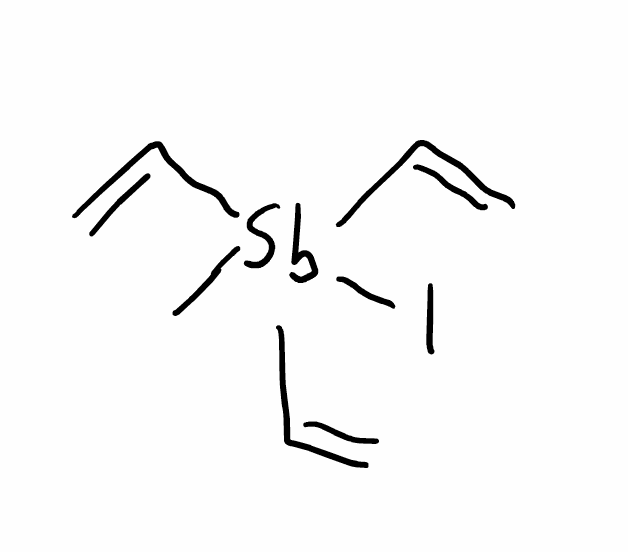
Simplified molecular-input line-entry system (SMILES) notation of the given molecule:
C[Sb](C=C)(C=C)(C=C)I